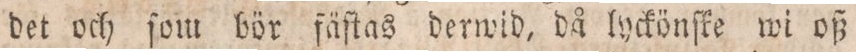
det och ſom bör fäſtas derwid, då lyckönſke wi oß